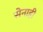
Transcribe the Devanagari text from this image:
सेनाही